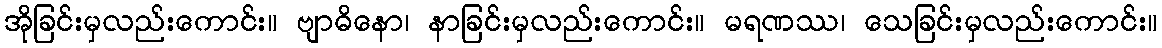
အိုခြင်းမှလည်းကောင်း။ ဗျာဓိနော၊ နာခြင်းမှလည်းကောင်း။ မရဏဿ၊ သေခြင်းမှလည်းကောင်း။